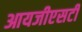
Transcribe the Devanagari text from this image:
आयजीएसटी